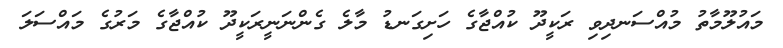
މައުލޫމާތު މުއްސަނދިވި ރަކީދޫ ކުއްޖާގެ ހަށިގަނޑު މާލެ ގެންނަނީރަކީދޫ ކުއްޖާގެ މަރުގެ މައްސަލަ